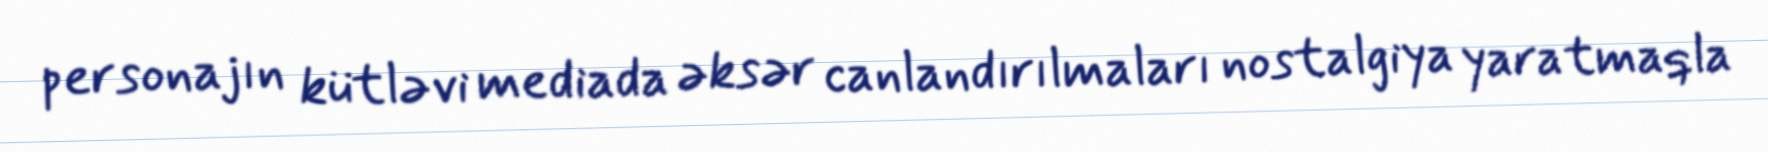
personajın kütləvi mediada əksər canlandırılmaları nostalgiya yaratmaqla